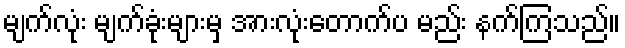
မျက်လုံး မျက်ခုံးများမှ အားလုံးတောက်ပ မည်း နက်ကြသည်။